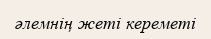
әлемнің жеті кереметі